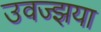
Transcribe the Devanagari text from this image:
उवज्झया